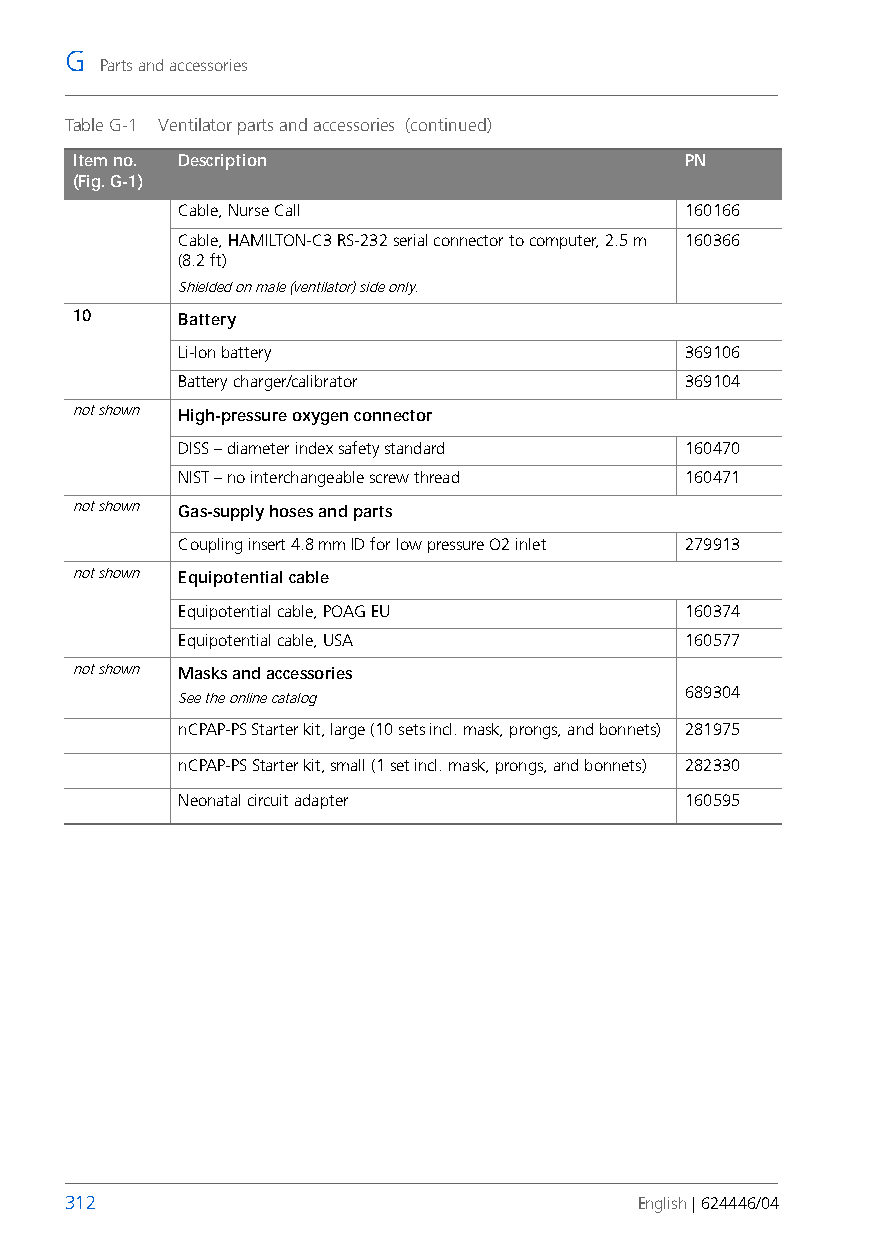
G
 Parts and accessories
 Table G-1 Ventilator parts and accessories (continued)
 Item no. Description                    PN
 (Fig. G-1)
 Cable, Nurse Call                160166
 Cable, HAMILTON-C3 RS-232 serial connector to computer, 2.5 m 160366
 (8.2 ft)
 Shielded on male (ventilator) side only.
 10     Battery
 Li-Ion battery                   369106
 Battery charger/calibrator       369104
 not shown High-pressure oxygen connector
 DISS – diameter index safety standard 160470
 NIST – no interchangeable screw thread 160471
 not shown Gas-supply hoses and parts
 Coupling insert 4.8 mm ID for low pressure O2 inlet 279913
 not shown Equipotential cable
 Equipotential cable, POAG EU     160374
 Equipotential cable, USA         160577
 not shown Masks and accessories
 689304
 See the online catalog
 nCPAP-PS Starter kit, large (10 sets incl. mask, prongs, and bonnets) 281975
 nCPAP-PS Starter kit, small (1 set incl. mask, prongs, and bonnets) 282330
 Neonatal circuit adapter         160595
 312                                   English | 624446/04